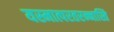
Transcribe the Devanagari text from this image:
यस्मात्परतरन्नास्ति